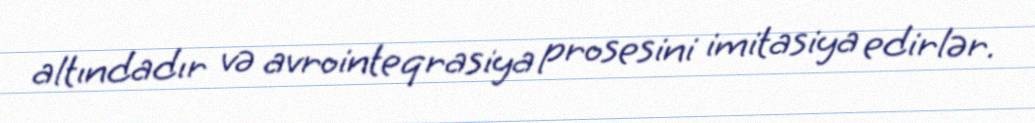
altındadır və avrointeqrasiya prosesini imitasiya edirlər.